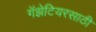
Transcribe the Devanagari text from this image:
गॅझेटियरसाठी